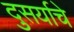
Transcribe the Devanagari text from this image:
दुसर्याचे